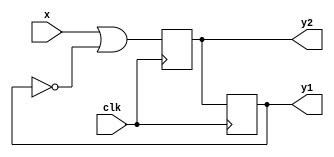
// Q3: Complete the waveform for the given logic

module my_unit(clk,
               x,
               y1,
               y2);
    input clk, x;
    output y1, y2;
    reg y1, y2;
    wire w;
    
    assign w = x|(~y1);
    always@(posedge clk)
    begin
        y2 <= w;
    end
    
    always@(negedge clk)
    begin
        y1 <= y2;
    end
endmodule